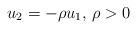
LaTeX: \begin{align*} u_{2} =-\rho u_{1}, \, \rho>0 \end{align*}